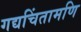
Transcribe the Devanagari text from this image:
गद्यचिंतामणि